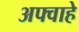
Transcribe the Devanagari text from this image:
अफ्वाहे